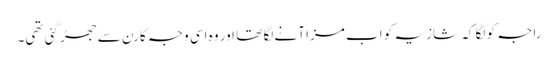
راجہ کو لگا کہ شازیہ کو اب مزا آنے لگا تھا اور وہ اسی وجہ کارن سے جھڑ گئی تھی۔